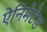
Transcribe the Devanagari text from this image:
ऐनिमेटेड